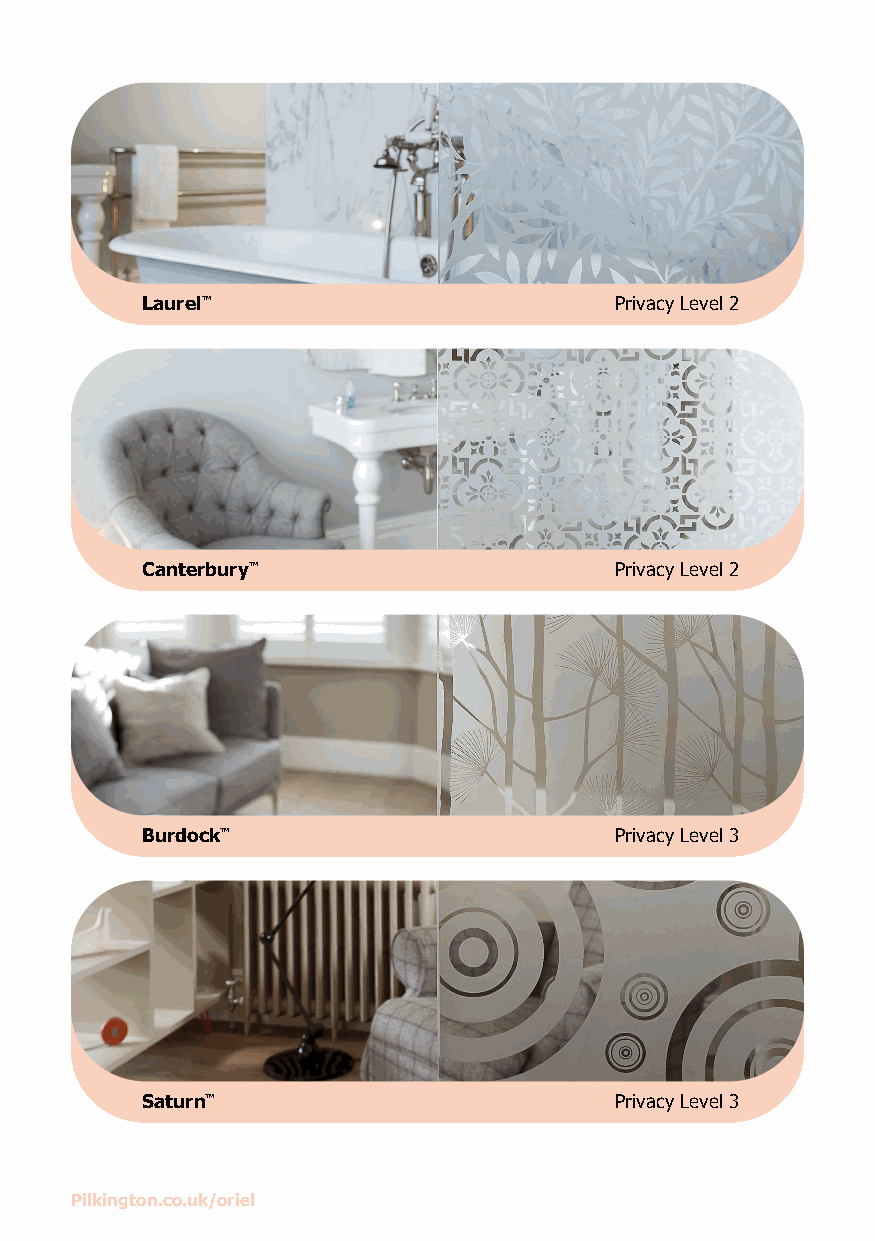
Laurel™                         Privacy Level 2
 Canterbury™                     Privacy Level 2
 Burdock™                        Privacy Level 3
 Saturn™                         Privacy Level 3
 Pilkington.co.uk/oriel